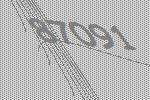
87091